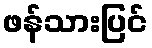
ဖန်သားပြင်